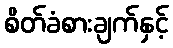
စိတ်ခံစားချက်နှင့်